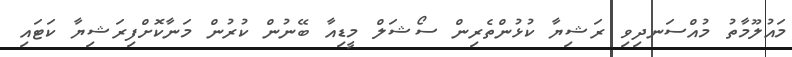
މައުލޫމާތު މުއްސަނދިވި ރަޝިޔާ ކުޅުންތެރިން ސޯޝަލް މީޑިއާ ބޭނުން ކުރުން މަނާކޮށްފިރަޝިޔާ ކަޓައި